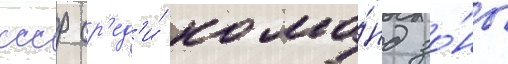
ссср ср'ед'и́ кома́нд зо́ны